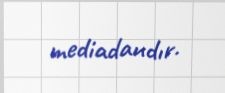
mediadandır.